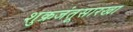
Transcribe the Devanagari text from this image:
शुक्रजंतूसारखा